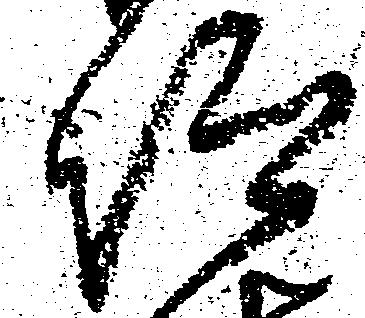
仰